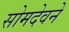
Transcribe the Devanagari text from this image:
सोमदेवने